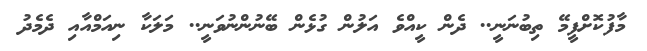
މާފުކޮށްފީމޭ ތިބުނަނީ.. ދެން ކީއްވެ އަލުން ގުޅެން ބޭނުންނުވަނީ.. މަލަކާ ނިއަމްއާއި ދެމެދު